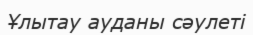
Ұлытау ауданы сәулеті